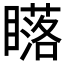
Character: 𥋷